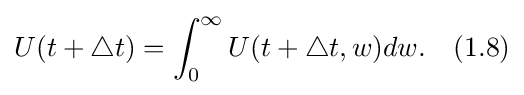
U(t+\bigtriangleup t)=\int _{0}^{\infty }U(t+\bigtriangleup t,w)dw.\quad (1.8)